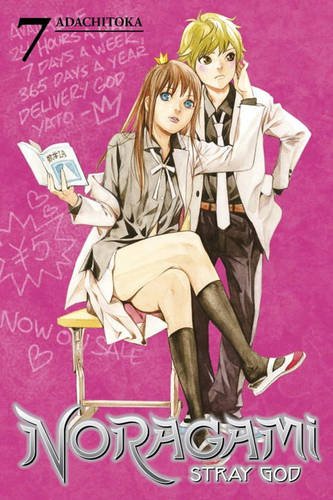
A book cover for Noragami: Stray God 7; Adachitoka; Comics & Graphic Novels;